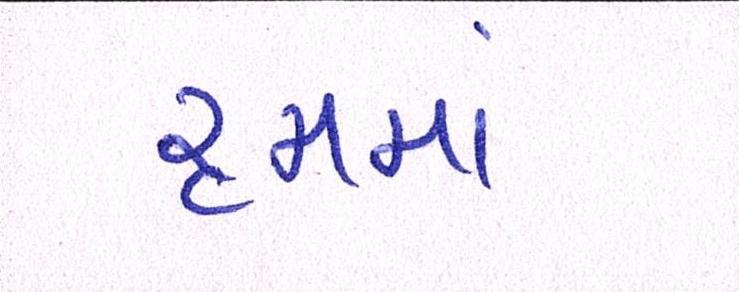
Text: રૃમમાં